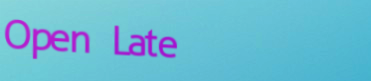
Open Late